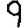
Digit: 9